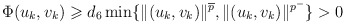
\begin{align*} \Phi(u_k,v_k)\geqslant d_6\min \{ \|(u_k, v_k)\|^{\overline{p}}, \|(u_k, v_k)\|^{p^{-}} \}>0\end{align*}